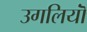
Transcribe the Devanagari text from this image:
उगलियॊं